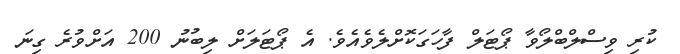
ކުރި ވިސްލްބްލޯވާ ޕޯޓަލް ފާހަގަކޮށްލެވެއެވެ. އެ ޕޯޓަލަށް ލިބުނު 200 އަށްވުރެ ގިނަ